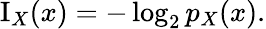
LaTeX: \operatorname{I}_{X}(x)=-\log_{2}{p_{X}(x)}.